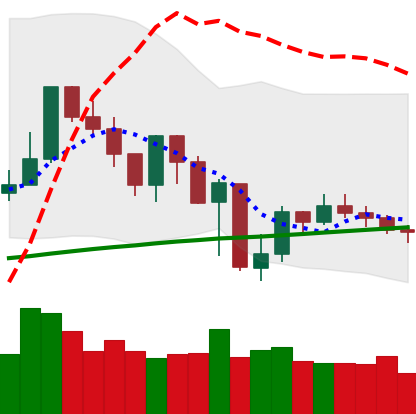
Ticker: XMR-USD
Chart end date: 2019-07-24
Forward return: -3.143%
Label: down_3_5